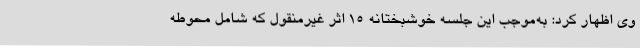
وی اظهار کرد: به‌موجب این جلسه خوشبختانه 15 اثر غیرمنقول که شامل محوطه